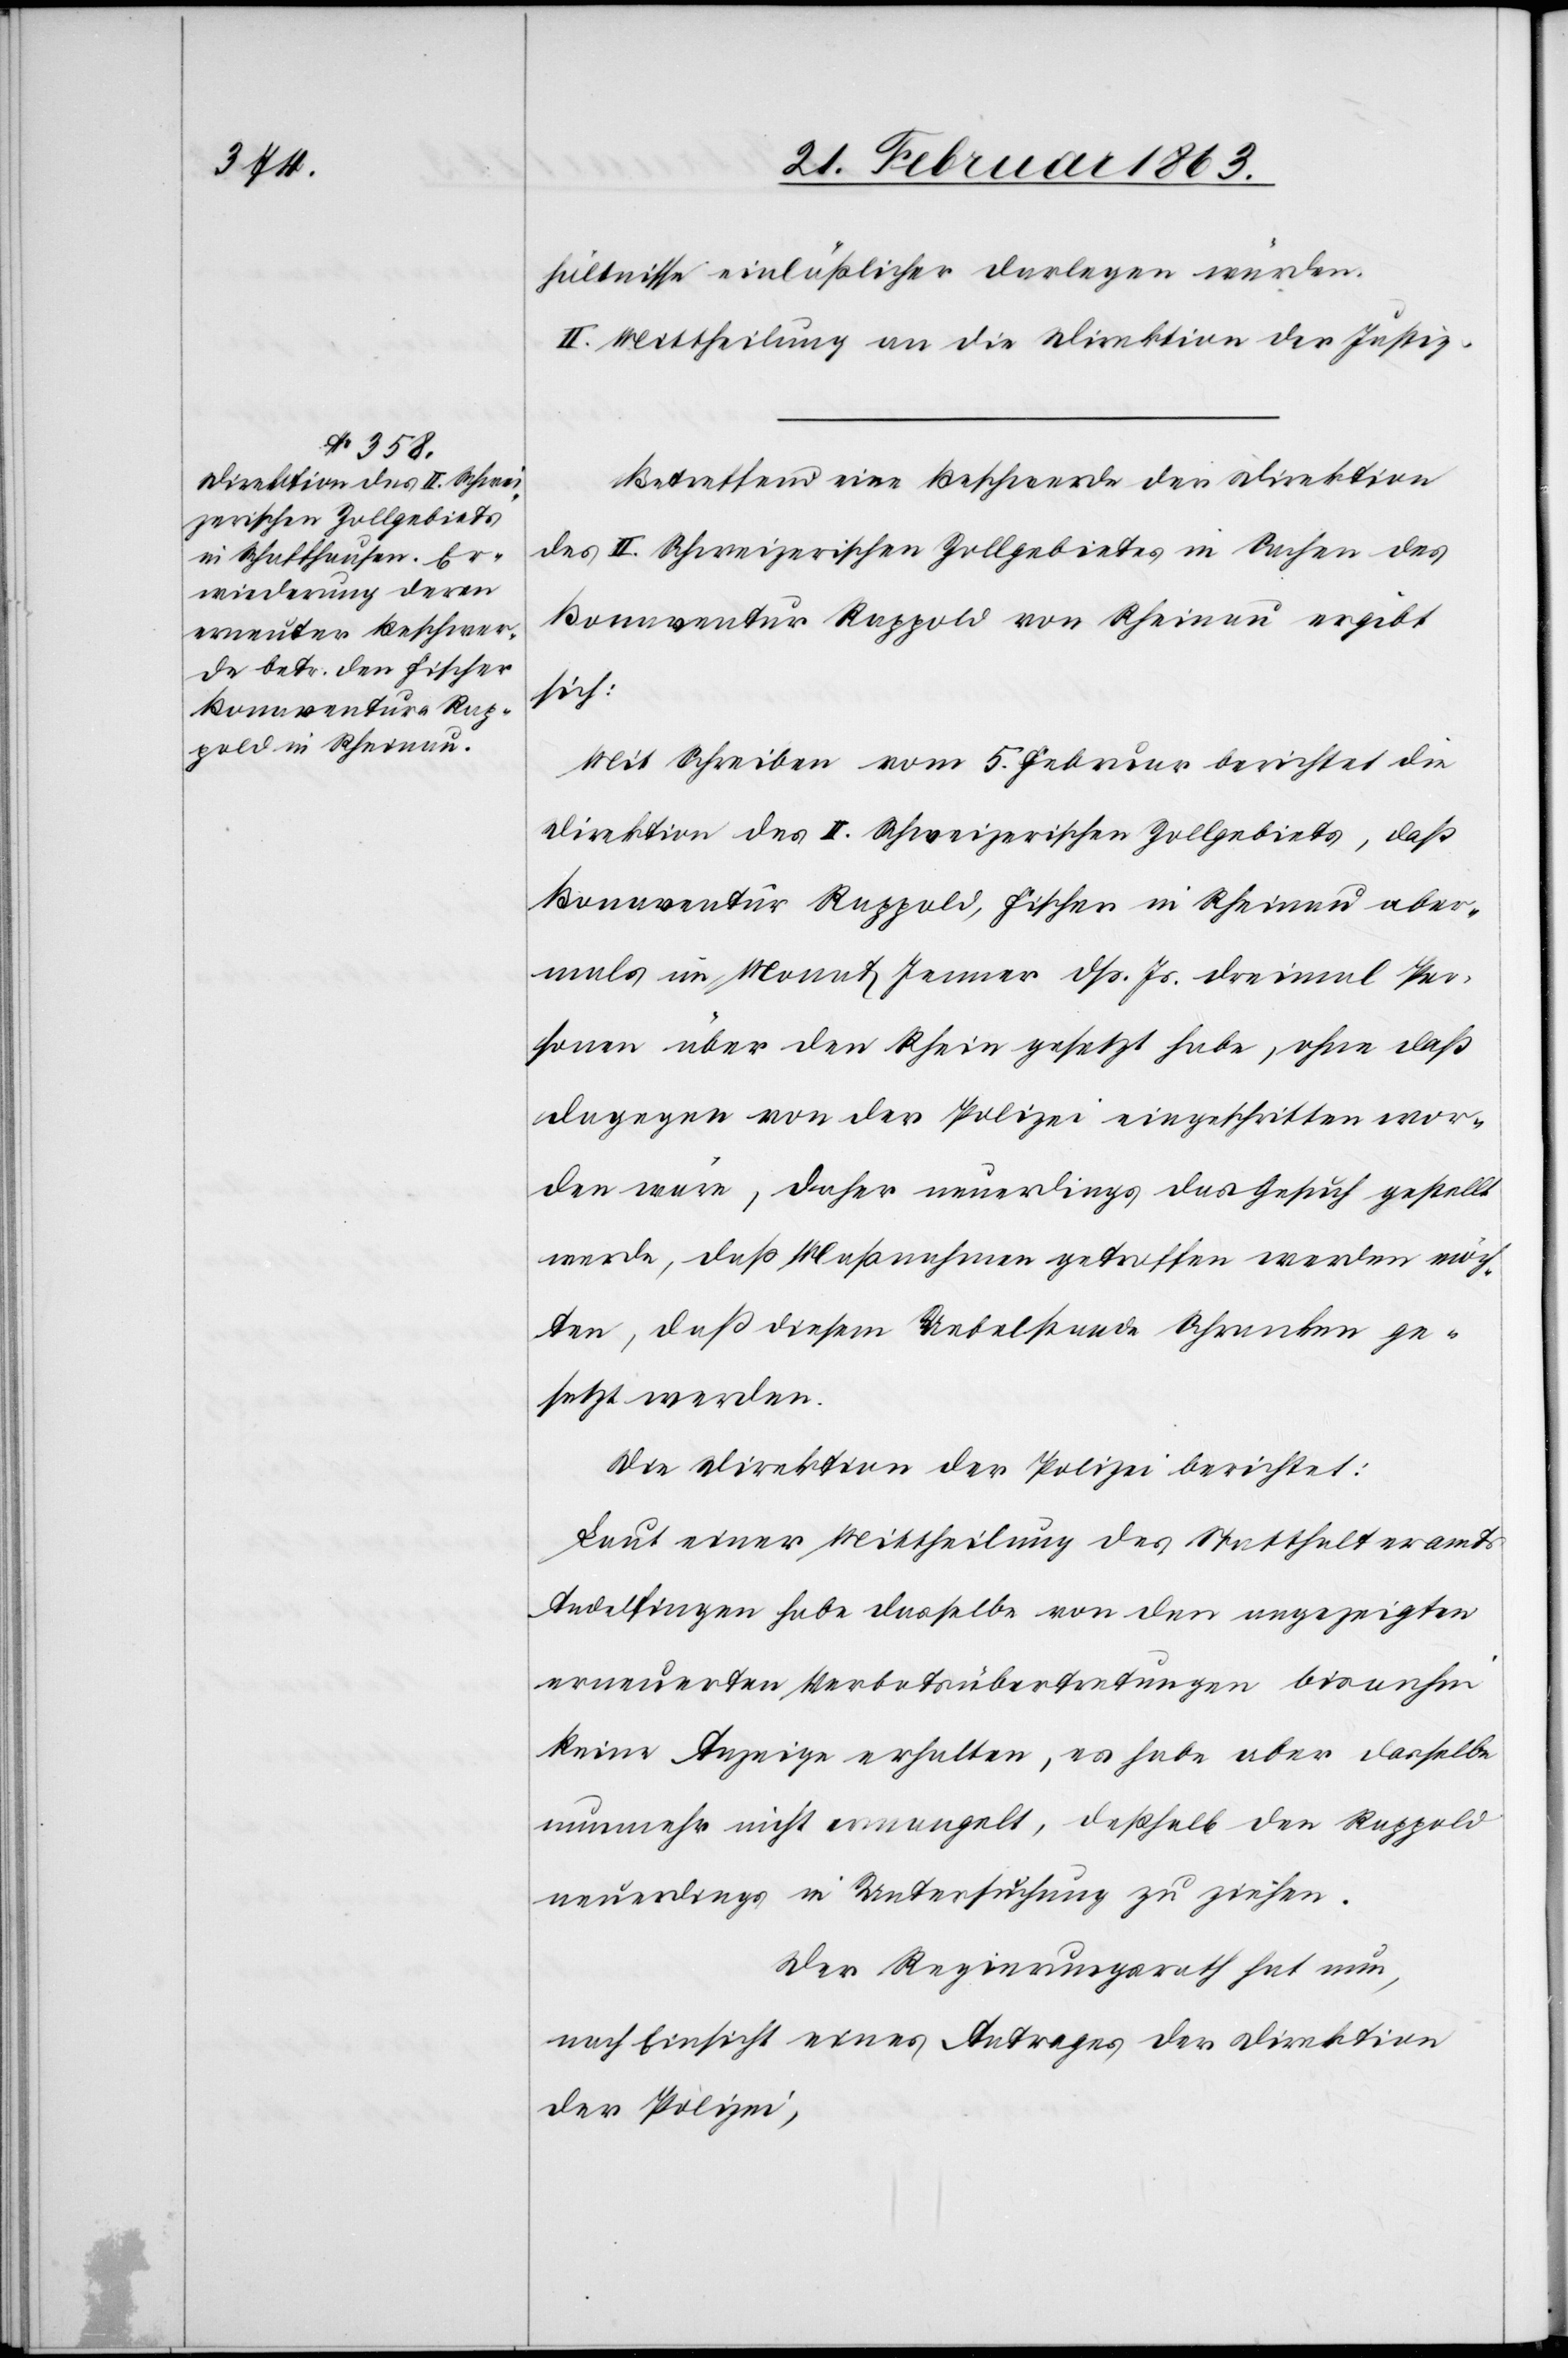
hältnisse einläßlicher darlegen würden.
II. Mittheilung an die Direktion der Justiz.
Betreffend eine Beschwerde der Direktionen
des II. Schweizerischen Zollgebietes in Sachen des
Bonaventur [sic!] Rappold von Rheinau ergibt
sich:
Mit Schreiben vom 5. Februar berichtet die
Direktion des II. Schweizerischen Zollgebiets, daß
Bonaventur Rappold, Fischer in Rheinau aber¬
mals im Monat Jenner dß. Js. dreimal Per¬
sonen über den Rhein gesetzt habe, ohne daß
dagegen von der Polizei eingeschritten wor¬
den wäre, daher neuerdings das Gesuch gestellt
werde, daß Maßnahmen getroffen werden möch¬
ten, daß diesem Uebelstande Schranken ge¬
setzt werden.
Die Direktion der Polizei berichtet:
Laut einer Mittheilung des Statthalteramts
Andelfingen habe dasselbe von den angezeigten
erneuerten Verbotsübertretungen bisanhin
keine Anzeige erhalten, es habe aber dasselbe
nunmehr nicht ermangelt, deßhalb den Rappold
neuerdings in Untersuchung zu ziehen.
Der Regierungsrath hat nun,
nach Einsicht eines Antrages der Direktion
der Polizei,